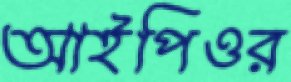
আইপিওর